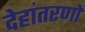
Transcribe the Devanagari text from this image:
देहांतरणों